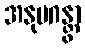
အနုပဂန္တွာ